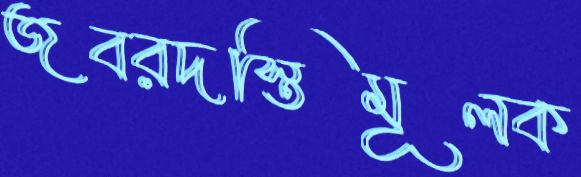
জবরদস্তিমূলক